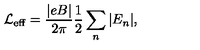
\mathrm { \cal L } _ { \mathrm { e f f } } = \frac { | e B | } { 2 \pi } \frac { 1 } { 2 } \sum _ { n } | E _ { n } | ,